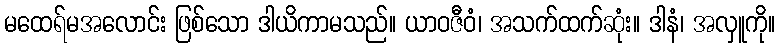
မထေရ်မအလောင်း ဖြစ်သော ဒါယိကာမသည်။ ယာဝဇီဝံ၊ အသက်ထက်ဆုံး။ ဒါနံ၊ အလှူကို။